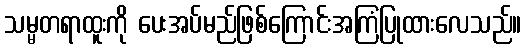
သမ္မတရာထူးကို ပေးအပ်မည်ဖြစ်ကြောင်းအကြံပြုထားလေသည်။